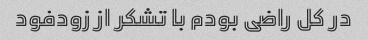
در کل راضی بودم با تشکر از زودفود